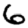
Digit: 6